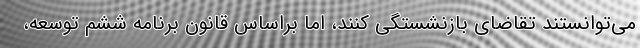
می‌توانستند تقاضای بازنشستگی کنند، اما براساس قانون برنامه ششم توسعه،